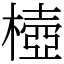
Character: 㯛